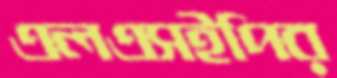
এলএসইপির